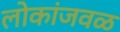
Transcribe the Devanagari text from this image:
लोकांजवळ